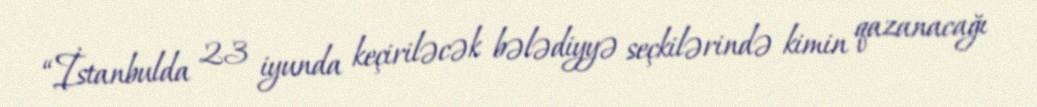
“İstanbulda 23 iyunda keçiriləcək bələdiyyə seçkilərində kimin qazanacağı